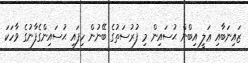
ޒައިނަބާއި ޢަލީ އިބްން ޙުސައިން މި ފުރުސަތުގެ ބޭނުން ހިފައި ޙުސައިންގެފާނުގެ ވާހަކަ